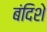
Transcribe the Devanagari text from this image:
बंदिशे